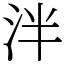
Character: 泮